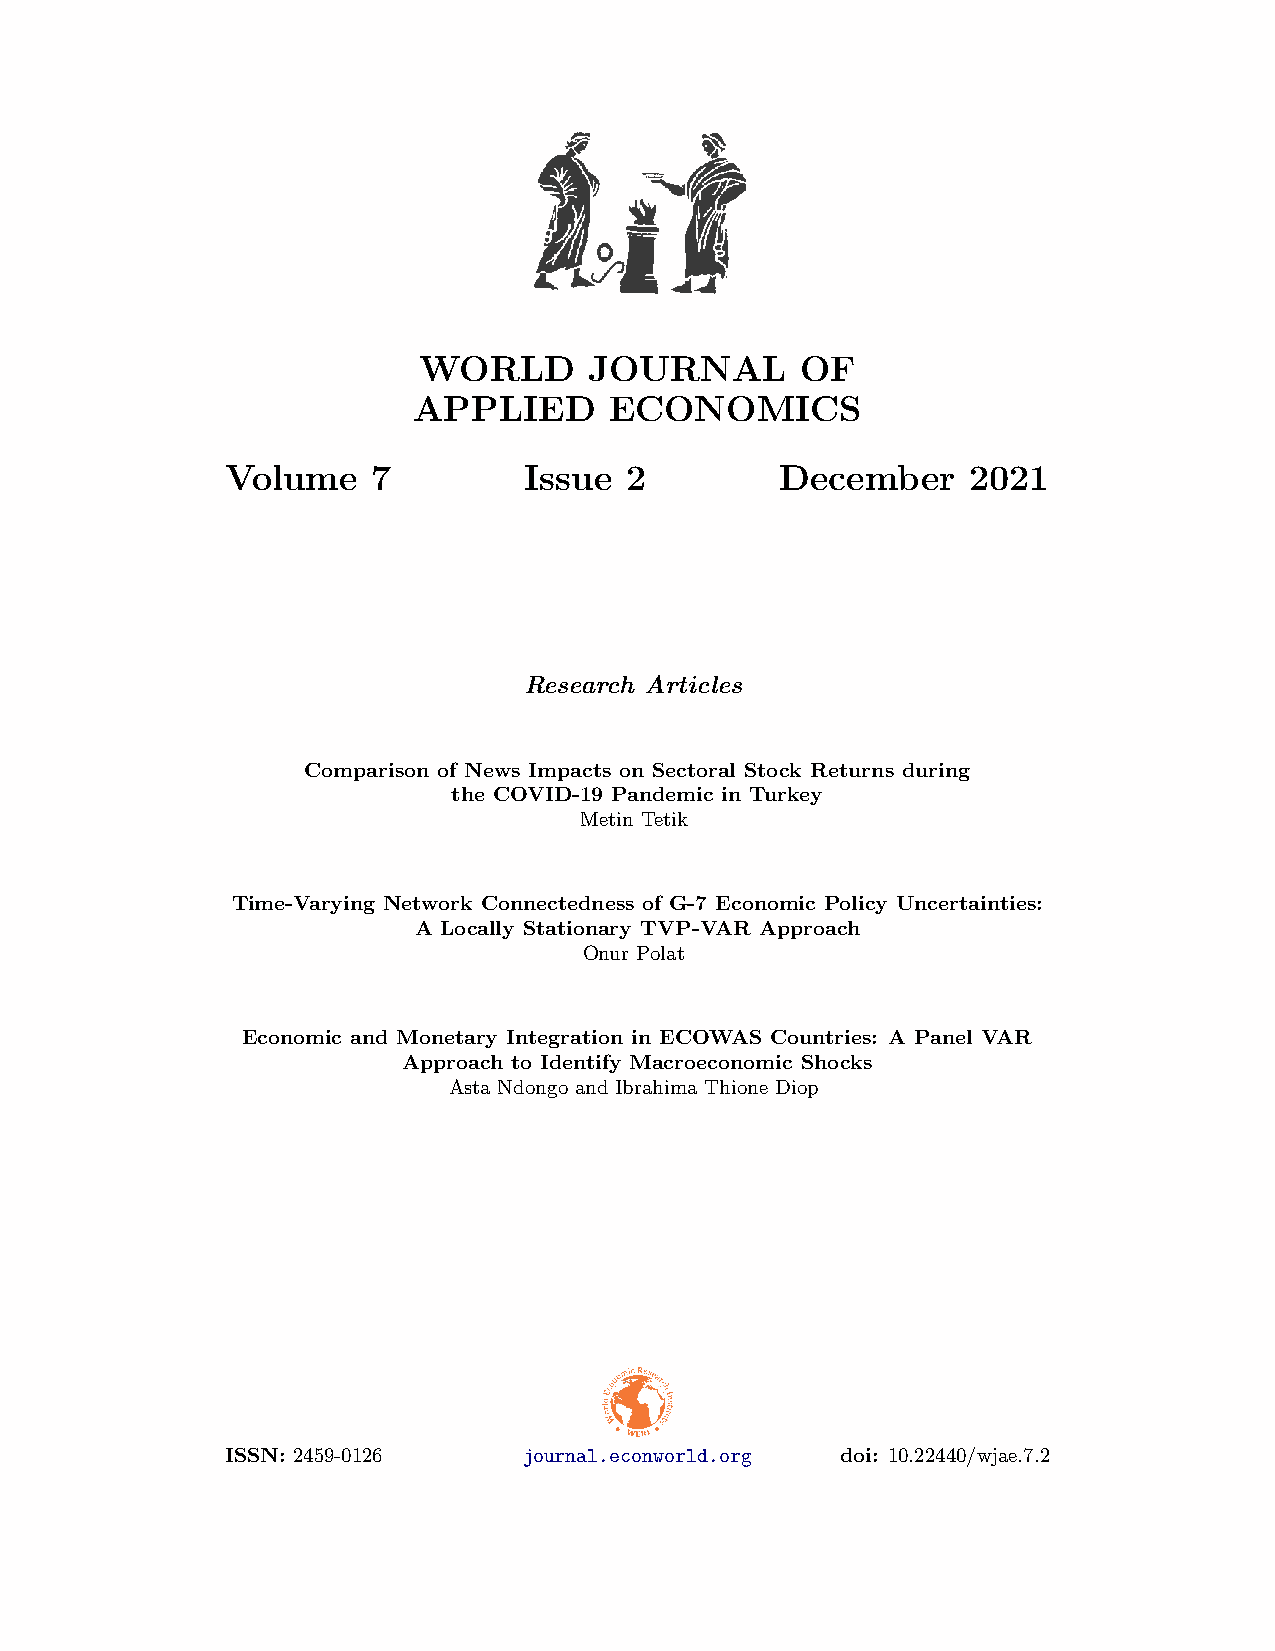
WORLD      JOURNAL       OF
 APPLIED      ECONOMICS
 Volume    7         Issue 2          December    2021
 Research Articles
 Comparison of News Impacts on Sectoral Stock Returns during
 the COVID-19 Pandemic in Turkey
 Metin Tetik
 Time-Varying Network Connectedness of G-7 Economic Policy Uncertainties:
 A Locally Stationary TVP-VAR Approach
 Onur Polat
 Economic and Monetary Integration in ECOWAS Countries: A Panel VAR
 Approach to Identify Macroeconomic Shocks
 Asta Ndongo and Ibrahima Thione Diop
 ISSN: 2459-0126     journal.econworld.org doi: 10.22440/wjae.7.2